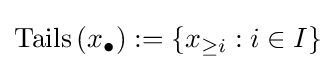
\operatorname {Tails} \left(x_{\bullet }\right):=\left\{x_{\geq i}:i\in I\right\}